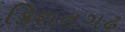
કિશનગઢ